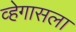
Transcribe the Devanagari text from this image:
व्हेगासला